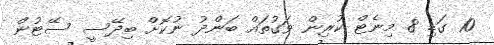
10 ގަޑި 8 މިނެޓް ކުރިން ވަގުތައް ބަންދު ނުކޮށް ބިދޭސީ ސޭޓުން